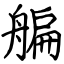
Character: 艑